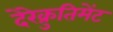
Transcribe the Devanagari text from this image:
देरेक्रुतिमेंट